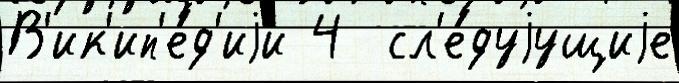
В'ик'ип'е́д'иjи 4  сл'е́дуjущиjе